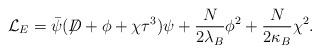
LaTeX: \begin{align*}{\cal L}_E = \bar{\psi} (\not{\!\! D} + \phi + \chi \tau^3) \psi +\frac{N}{2\lambda_B} \phi^2 + \frac{N}{2\kappa_B} \chi^2.\end{align*}